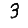
Digit: 3